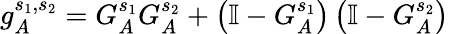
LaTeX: g_{A}^{s_{1},s_{2}}=G_{A}^{s_{1}}G_{A}^{s_{2}}+\left(\mathbb{I}-G_{A}^{s_{1}}\right)\left(\mathbb{I}-G_{A}^{s_{2}}\right)